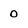
Character: 0